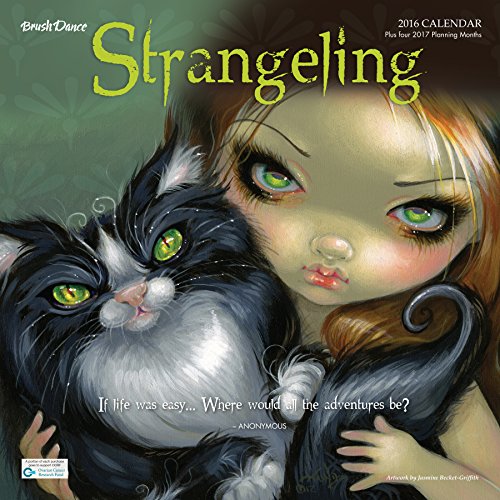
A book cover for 2016 Strangeling Wall Calendar; Brush Dance and Jasmine Becket-Griffith; Calendars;